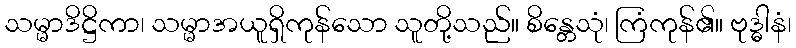
သမ္မာဒိဋ္ဌိကာ၊ သမ္မာအယူရှိကုန်သော သူတို့သည်။ စိန္တေသုံ၊ ကြံကုန်၏။ ဗုဒ္ဓါနံ၊